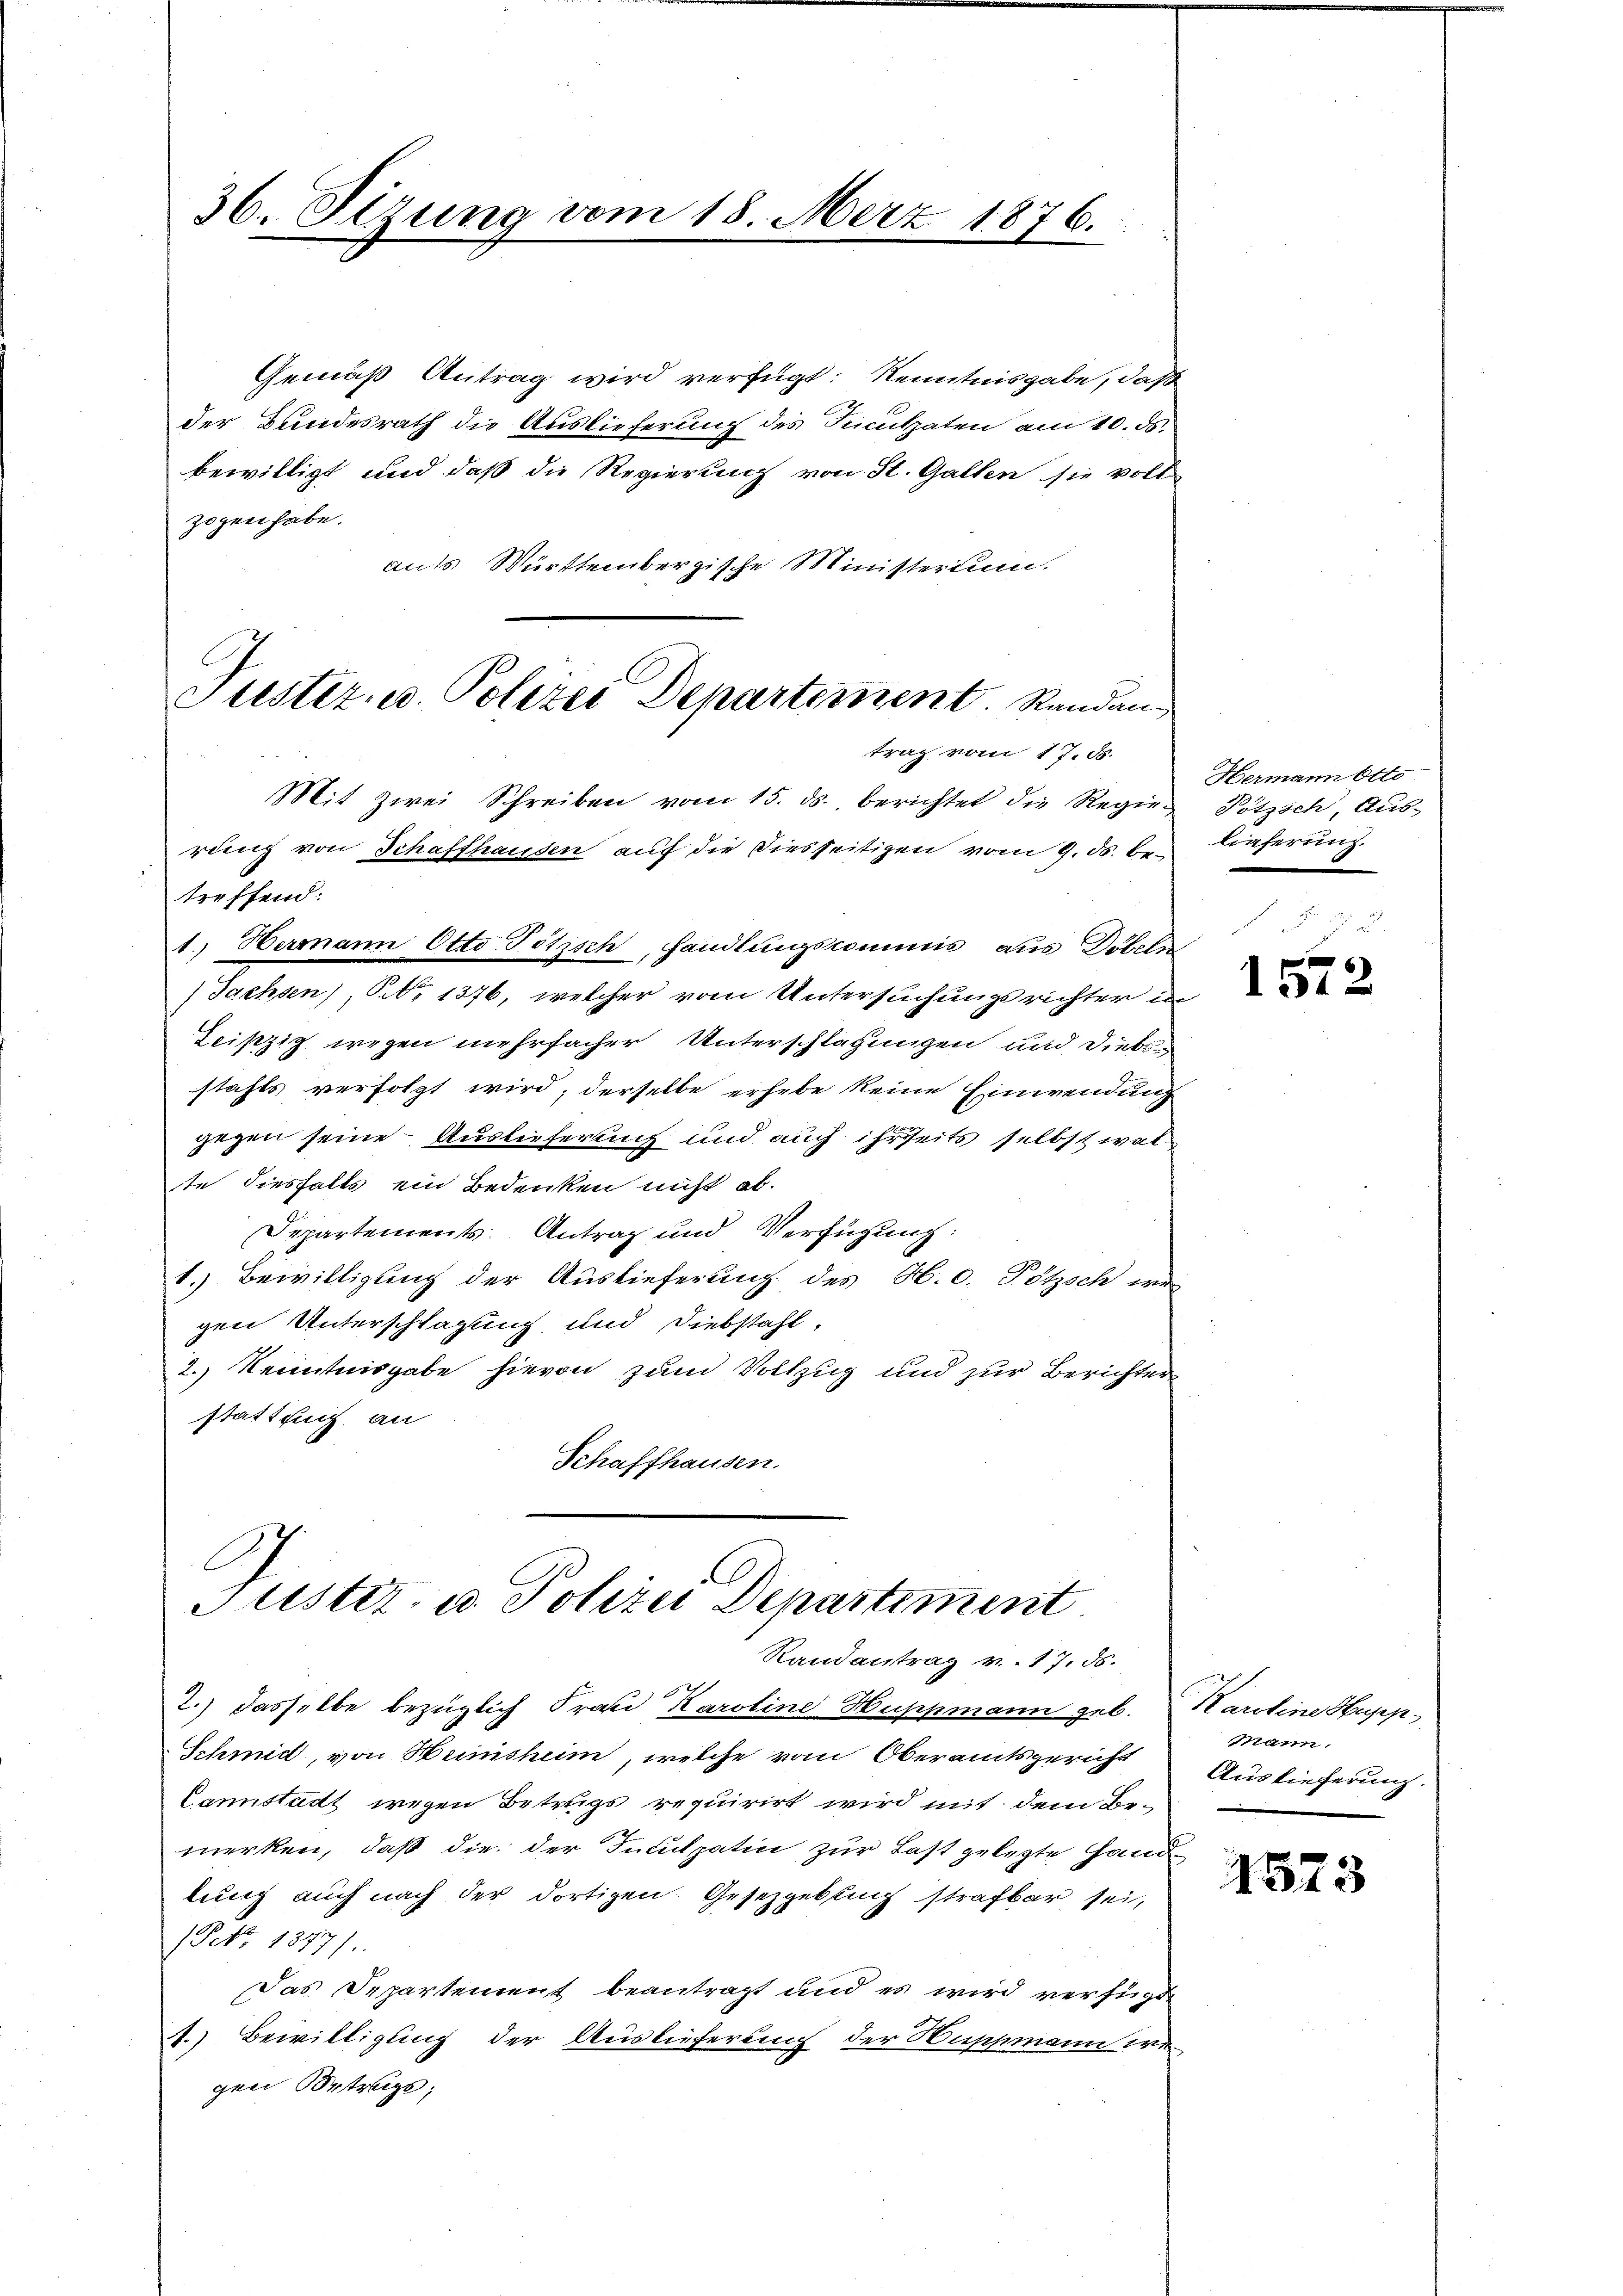
36. Sitzung vom 18. Merz 1876.

Gemäß Antrag wird verfügt: Kenntnisgabe, daß
der Bundesrath die Auslieferung des Inculpaten am 10. ds.
bewilligt und daß die Regierung von St. Gallen sie voll
zogen habe.
aufs Württembergische Ministerium.
Mit Zwei Schreiben vom 15. ds. berichtet die Regie-Pötzsch, Ausrung von Schaffhausen auf die Diesseitigen vom 9. ds. betreffend:
1. Hermann Otto Petisch, handlungscommis aus Döbeln
(Sachsen), No 1376, welcher vom Untersuchungsrichter in
Leipzig wegen mehrfacher Unterschlagungen und Diebi
stahls verfolgt wird, derselbe erhebe keine Einwendung
gegen seine Auslieferung und auch ihrseits selbst walte diesfalls ein Bedenken nicht ab.
Departements. Antrag und Verfügung:
1.) Bewilligung der Auslieferung des H.C. Pötzsch an
gen Unterschlagung und Diebstahl,
2.) Kenntnisgabe hievon zum Vollzug und zur Berichter
stattung an
Schaffhausen.

Justiz- u. Polizei Departement. Randan
trag vom 17. d.

Justiz- u. Polizei Departiment
Randantrag v. 17. ds.

2
2.) dasselbe bezüglich Frau Karoline Huppmann geb.
Schmid, von Heimsheim, welche vom Oberamtsgericht
Canstalt wegen Betrugs requirirt wird mit dem Bemerken, daß die der Inculpatin zur Last gelegte Hand
lung auch nach der dortigen. Gesetzgebung strafbar sei,
(Po. 1877/
Das Departement beantragt und es wird verfügt
A.) Bewilligung der Auslieferung der Huppmann wegen Betrage;

Hermann Otto
lieferung.

1572

Karolina Hugep
Mam.
Auslieferung.

1573